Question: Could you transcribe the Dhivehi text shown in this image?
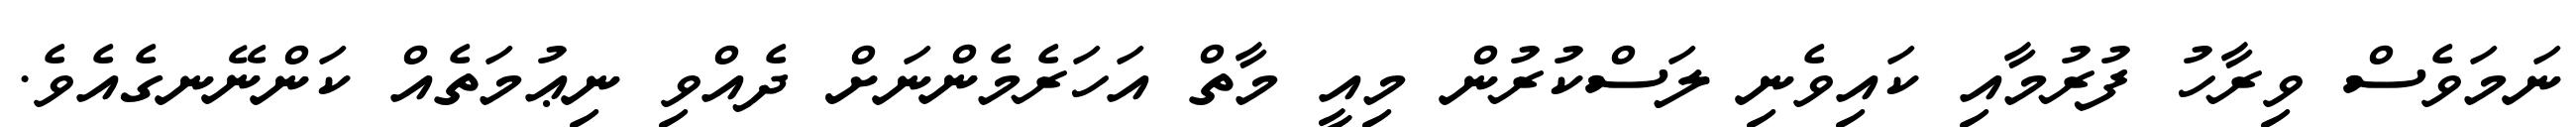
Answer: ނަމަވެސް ވިރާހު ފުރުމާއި ކައިވެނި ލަސްކުރުން މިއީ މާތް އަހަރެމެންނަށް ދެއްވި ނިޢުމަތެއް ކަންނޭނގެއެވެ.